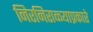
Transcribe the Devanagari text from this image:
निरनिराळ्याप्रकारे